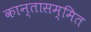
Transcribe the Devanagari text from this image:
कान्तासम्मित